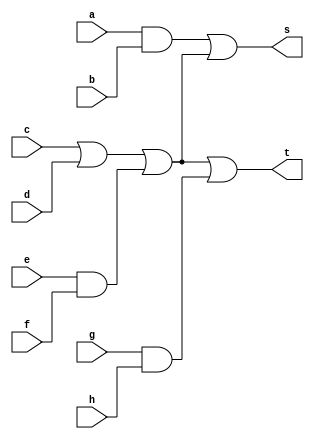
module top(...);
	input a,b,c,d,e,f,g,h;
	wire x = c|d;
	wire y = e&f;
	wire u = a&b;
	wire v = x|y;
	wire w = g&h;
	output s = u|v;
	output t = v|w;
endmodule